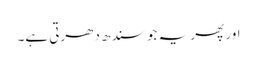
اور پھر یہ جو سندھ دھرتی ہے۔